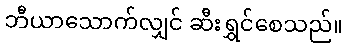
ဘီယာသောက်လျှင် ဆီးရွှင်စေသည်။